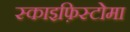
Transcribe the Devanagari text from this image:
स्काइफ़िस्टोमा